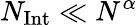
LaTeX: N_{\mathrm{Int}}\ll{N^{\alpha}}